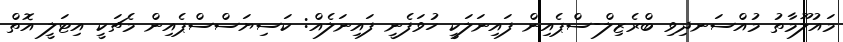
މައުލޫމާތު މުއްސަނދިވި ބްރެޒިލް-ސްޕެއިން ފައިނަލަކީ ހުވަފެނީ ފައިނަލެއް: ކަސިޔަސްސްޕެއިން މެޗަކީ އިޓަލީ އޮތް